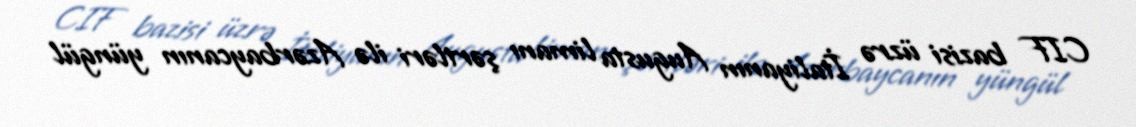
CIF bazisi üzrə İtaliyanın Augusta limanı şərtləri ilə Azərbaycanın yüngül